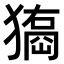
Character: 𤢃